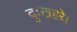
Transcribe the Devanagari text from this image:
दुःखहरे।